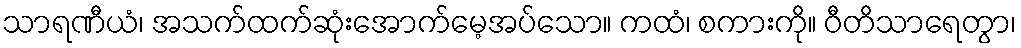
သာရဏီယံ၊ အသက်ထက်ဆုံးအောက်မေ့အပ်သော။ ကထံ၊ စကားကို။ ဝီတိသာရေတွာ၊